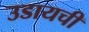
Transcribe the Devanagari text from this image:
उडायची